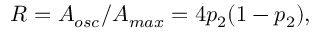
R = A _ { o s c } / A _ { m a x } = 4 p _ { 2 } ( 1 - p _ { 2 } ) ,